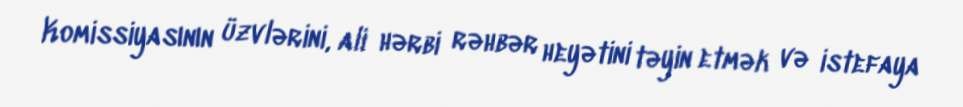
Komissiyasının üzvlərini, ali hərbi rəhbər heyətini təyin etmək və istefaya